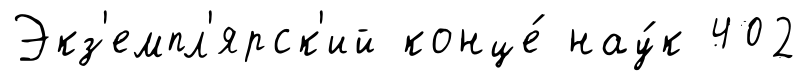
Экз'емпл'ярск'ий конце́ нау́к 402